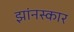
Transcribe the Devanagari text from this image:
झांनस्कार